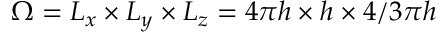
\Omega = L _ { x } \times L _ { y } \times L _ { z } = 4 \pi h \times h \times 4 / 3 \pi h